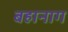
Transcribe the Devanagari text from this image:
बहानाग